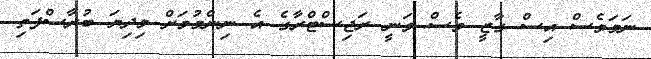
ނަމަވެސް އިސް ގާޒީ ވެސް ވަނީ ރަޖިސްޓްރާގެ އެ ނިންމުމަށް މިދިޔަ ބުރާސްފަތި